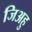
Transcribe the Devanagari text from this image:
जिअहु